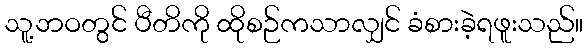
သူ့ဘဝတွင် ပီတိကို ထိုစဉ်ကသာလျှင် ခံစားခဲ့ရဖူးသည်။